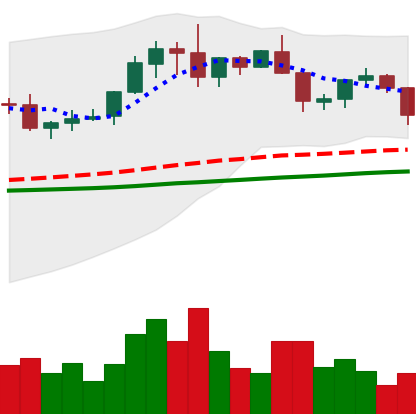
Ticker: XRP-USD
Chart end date: 2019-06-09
Forward return: 4.547%
Label: up_3_5